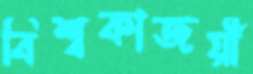
বিশ্বকাজয়ী